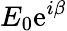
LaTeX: E_{0}\mathrm{e}^{i\beta}